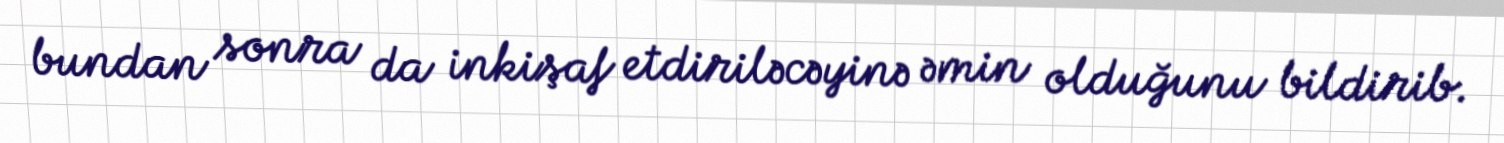
bundan sonra da inkişaf etdiriləcəyinə əmin olduğunu bildirib.